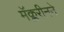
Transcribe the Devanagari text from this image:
मॅक्लरीनने